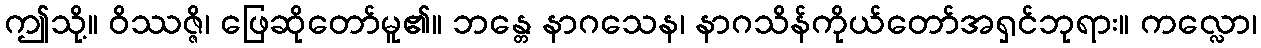
ဤသို့။ ဝိဿဇ္ဇိ၊ ဖြေဆိုတော်မူ၏။ ဘန္တေ နာဂသေန၊ နာဂသိန်ကိုယ်တော်အရှင်ဘုရား။ ကလ္လော၊